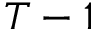
T - 1